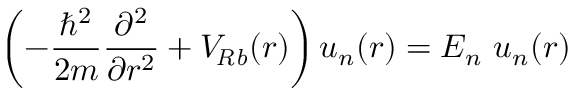
\left( - \frac { \hbar ^ { 2 } } { 2 m } \frac { \partial ^ { 2 } } { \partial r ^ { 2 } } + V _ { \! \ensuremath { \mathit { R b } } } ( r ) \right) { u } _ { n } ( r ) = E _ { n } ~ u _ { n } ( r )